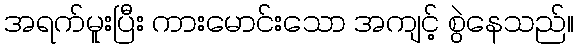
အရက်မူးပြီး ကားမောင်းသော အကျင့် စွဲနေသည်။